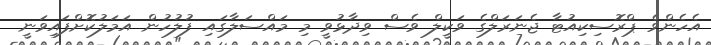
އެހެންވެ ޕްރޮސިކިއުޓާ ޖެނަރަލްގެ ވަކީލް ވެސް ވިދާޅުވީ މި މައްސަލާގައި ފުލުހުން އަމަލުކޮށްފައިވަނީ